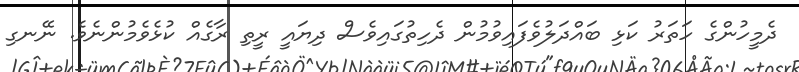
ދެމީހުންގެ ހަތަރު ކަޅި ބައްދަލުވެފައިވުމުން ދެހިތުގައިވެސް ދިޔައީ ރީތި ރާގެއް ކުޅެވެމުންނެވެ. ނޭނގި